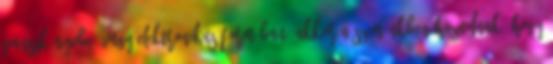
panszkönyvbe, vagy elektronikus formában, akkor a szemünkben hazudnak, hogy